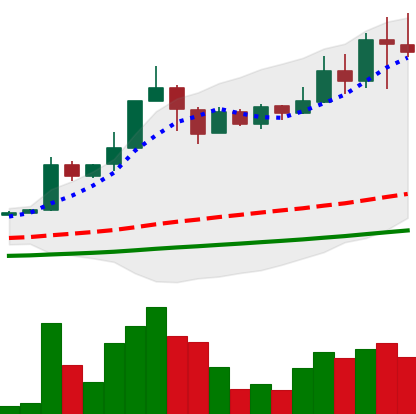
Ticker: TRX-USD
Chart end date: 2021-04-17
Forward return: -30.047%
Label: down_7plus